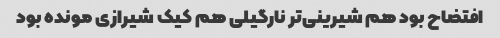
افتضاح بود هم شیرینی‌تر نارگیلی هم کیک شیرازی مونده بود